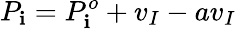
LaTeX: P_{\mathbf{i}}=P_{\mathbf{i}}^{o}+v_{I}-av_{I}